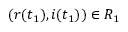
( r ( t _ { 1 } ) , i ( t _ { 1 } ) ) \in R _ { 1 }